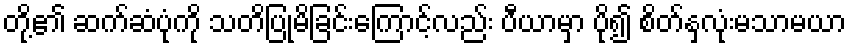
တို့၏ ဆက်ဆံပုံကို သတိပြုမိခြင်းကြောင့်လည်း ပီယာမှာ ပို၍ စိတ်နှလုံးမသာမယာ